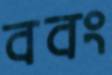
ববং